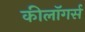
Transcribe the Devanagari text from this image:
कीलॉगर्स